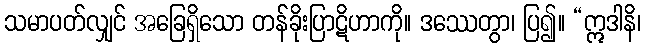
သမာပတ်လျှင် အခြေရှိသော တန်ခိုးပြာဋိဟာကို။ ဒဿေတွာ၊ ပြ၍။ “ဣဒါနိ၊